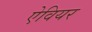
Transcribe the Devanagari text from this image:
ऐवियर